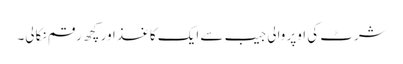
شرٹ کی اوپر والی جیب سے ایک کاغذ اور کچھ رقم نکالی۔